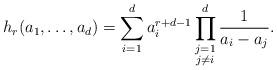
LaTeX: \begin{align*}h_{r} (a_1,\ldots, a_d)=\sum_{i=1}^d a_i^{r+d-1} \prod^d_{\substack{ j=1\\ j\neq i}} \frac{1}{a_i-a_j}.\end{align*}